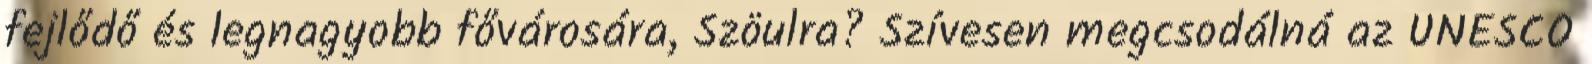
fejlődő és legnagyobb fővárosára, Szöulra? Szívesen megcsodálná az UNESCO